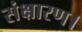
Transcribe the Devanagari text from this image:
संक्षारण।